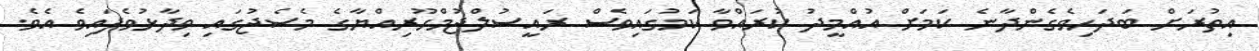
އިތުރަށް ބަދަހިވެގެންދާނެ ކަމަށް އުއްމީދު ކުރައްވާ ކަމުގައިވެސް ރައީސުލްޖުމްހޫރިއްޔާގެ މެސެޖުގައި ވިދާޅުވެފައިވެ އެވެ.